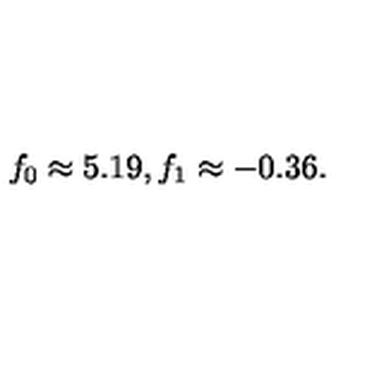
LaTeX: f _ { 0 } \approx 5 . 1 9 , f _ { 1 } \approx - 0 . 3 6 .